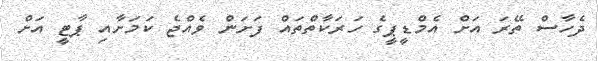
ދެހާސް ތޭރަ އަށް އެމްޑީޕީގެ ހަރަކާތްތައް ފަށަން ވެއްޖެ ކަމަށާއި ޕާޓީ އަށް